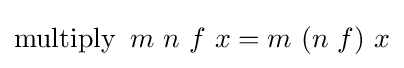
\operatorname {multiply} \ m\ n\ f\ x=m\ (n\ f)\ x